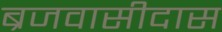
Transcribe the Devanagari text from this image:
ब्रजवासीदास